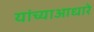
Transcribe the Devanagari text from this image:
यांच्याआधारे